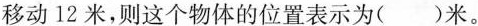
移动12米，则这个物体的位置表示为( )米。